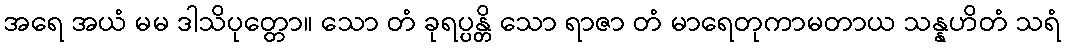
အရေ အယံ မမ ဒါသိပုတ္တော။ သော တံ ခုရပ္ပန္တိ သော ရာဇာ တံ မာရေတုကာမတာယ သန္နဟိတံ သရံ